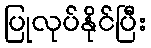
ပြုလုပ်နိုင်ပြီး